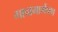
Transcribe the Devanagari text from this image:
गावामार्गेपण